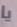
يا